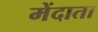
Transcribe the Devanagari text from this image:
मेंदाता